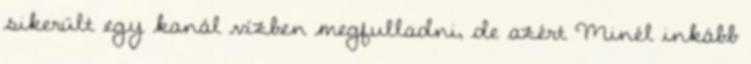
sikerült egy kanál vízben megfulladni, de azért Minél inkább